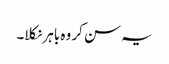
یہ سن کر وہ باہر نکلا۔